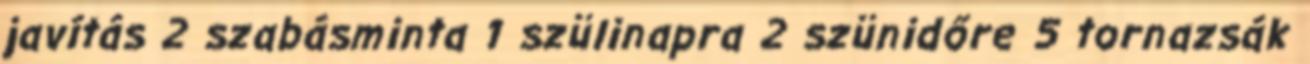
javítás 2 szabásminta 1 szülinapra 2 szünidőre 5 tornazsák